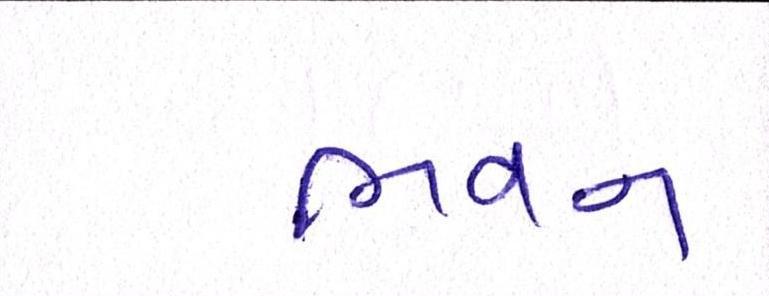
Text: ભવન